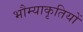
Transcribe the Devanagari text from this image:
भौम्याकृतियों